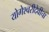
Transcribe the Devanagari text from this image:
योगेश्वरीदेवीचा